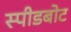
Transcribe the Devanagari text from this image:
स्‍पीडबोट